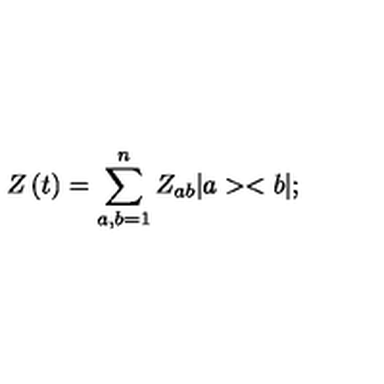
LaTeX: Z \left( t \right) = \sum _ { a , b = 1 } ^ { n } Z _ { a b } | a > < b | ;